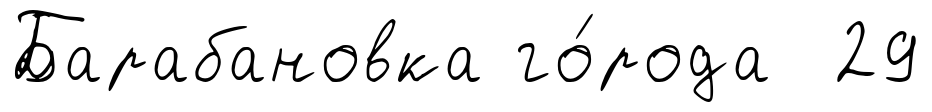
Барабановка го́рода 29